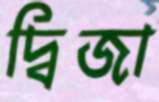
দ্বিজা